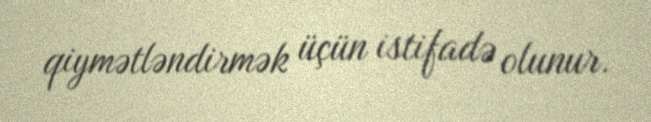
qiymətləndirmək üçün istifadə olunur.